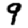
Digit: 9